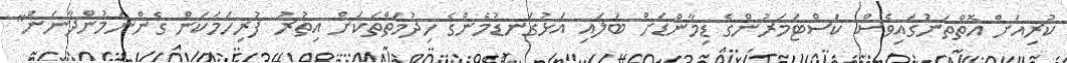
ކުރިއަށް އޮތްތަނުގައިވެސް ކަސްޓަމަރުންގެ ޑިމާންޑަށް ބަލައި އަޅުގަނޑުމެންގެ ހިދުމަތްތަކަށް އިތުރު ފުރިހަމަކަން ގެންނަމުންދާނަން"